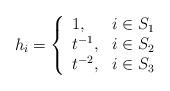
LaTeX: \begin{align*} h_i = \left\{ \begin{array}{ll} 1, & i \in S_1 \\ t^{-1}, & i \in S_2 \\ t^{-2}, & i \in S_3 \end{array} \right.\end{align*}